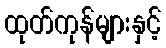
ထုတ်ကုန်များနှင့်